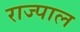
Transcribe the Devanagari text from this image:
राज्पाल